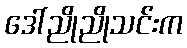
ဒေါ်ညိုညိုသင်းက